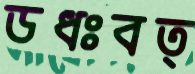
ডধঃবত্